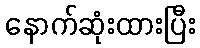
နောက်ဆုံးထားပြီး